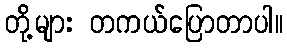
တို့များ တကယ်ပြောတာပါ။